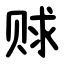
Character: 赇